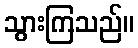
သွားကြသည်။